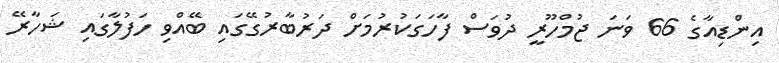
އިންޑިއާގެ 66 ވަނަ ޖުމްހޫރީ ދުވަސް ފާހަގަކުރުމަށް ދަރުބާރުގޭގައި ބޭއްވި ހަފުލާގައި ޝަހާރޭ